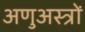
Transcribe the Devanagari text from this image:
अणुअस्त्रों